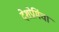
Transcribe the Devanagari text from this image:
देशप्रेमिंचा